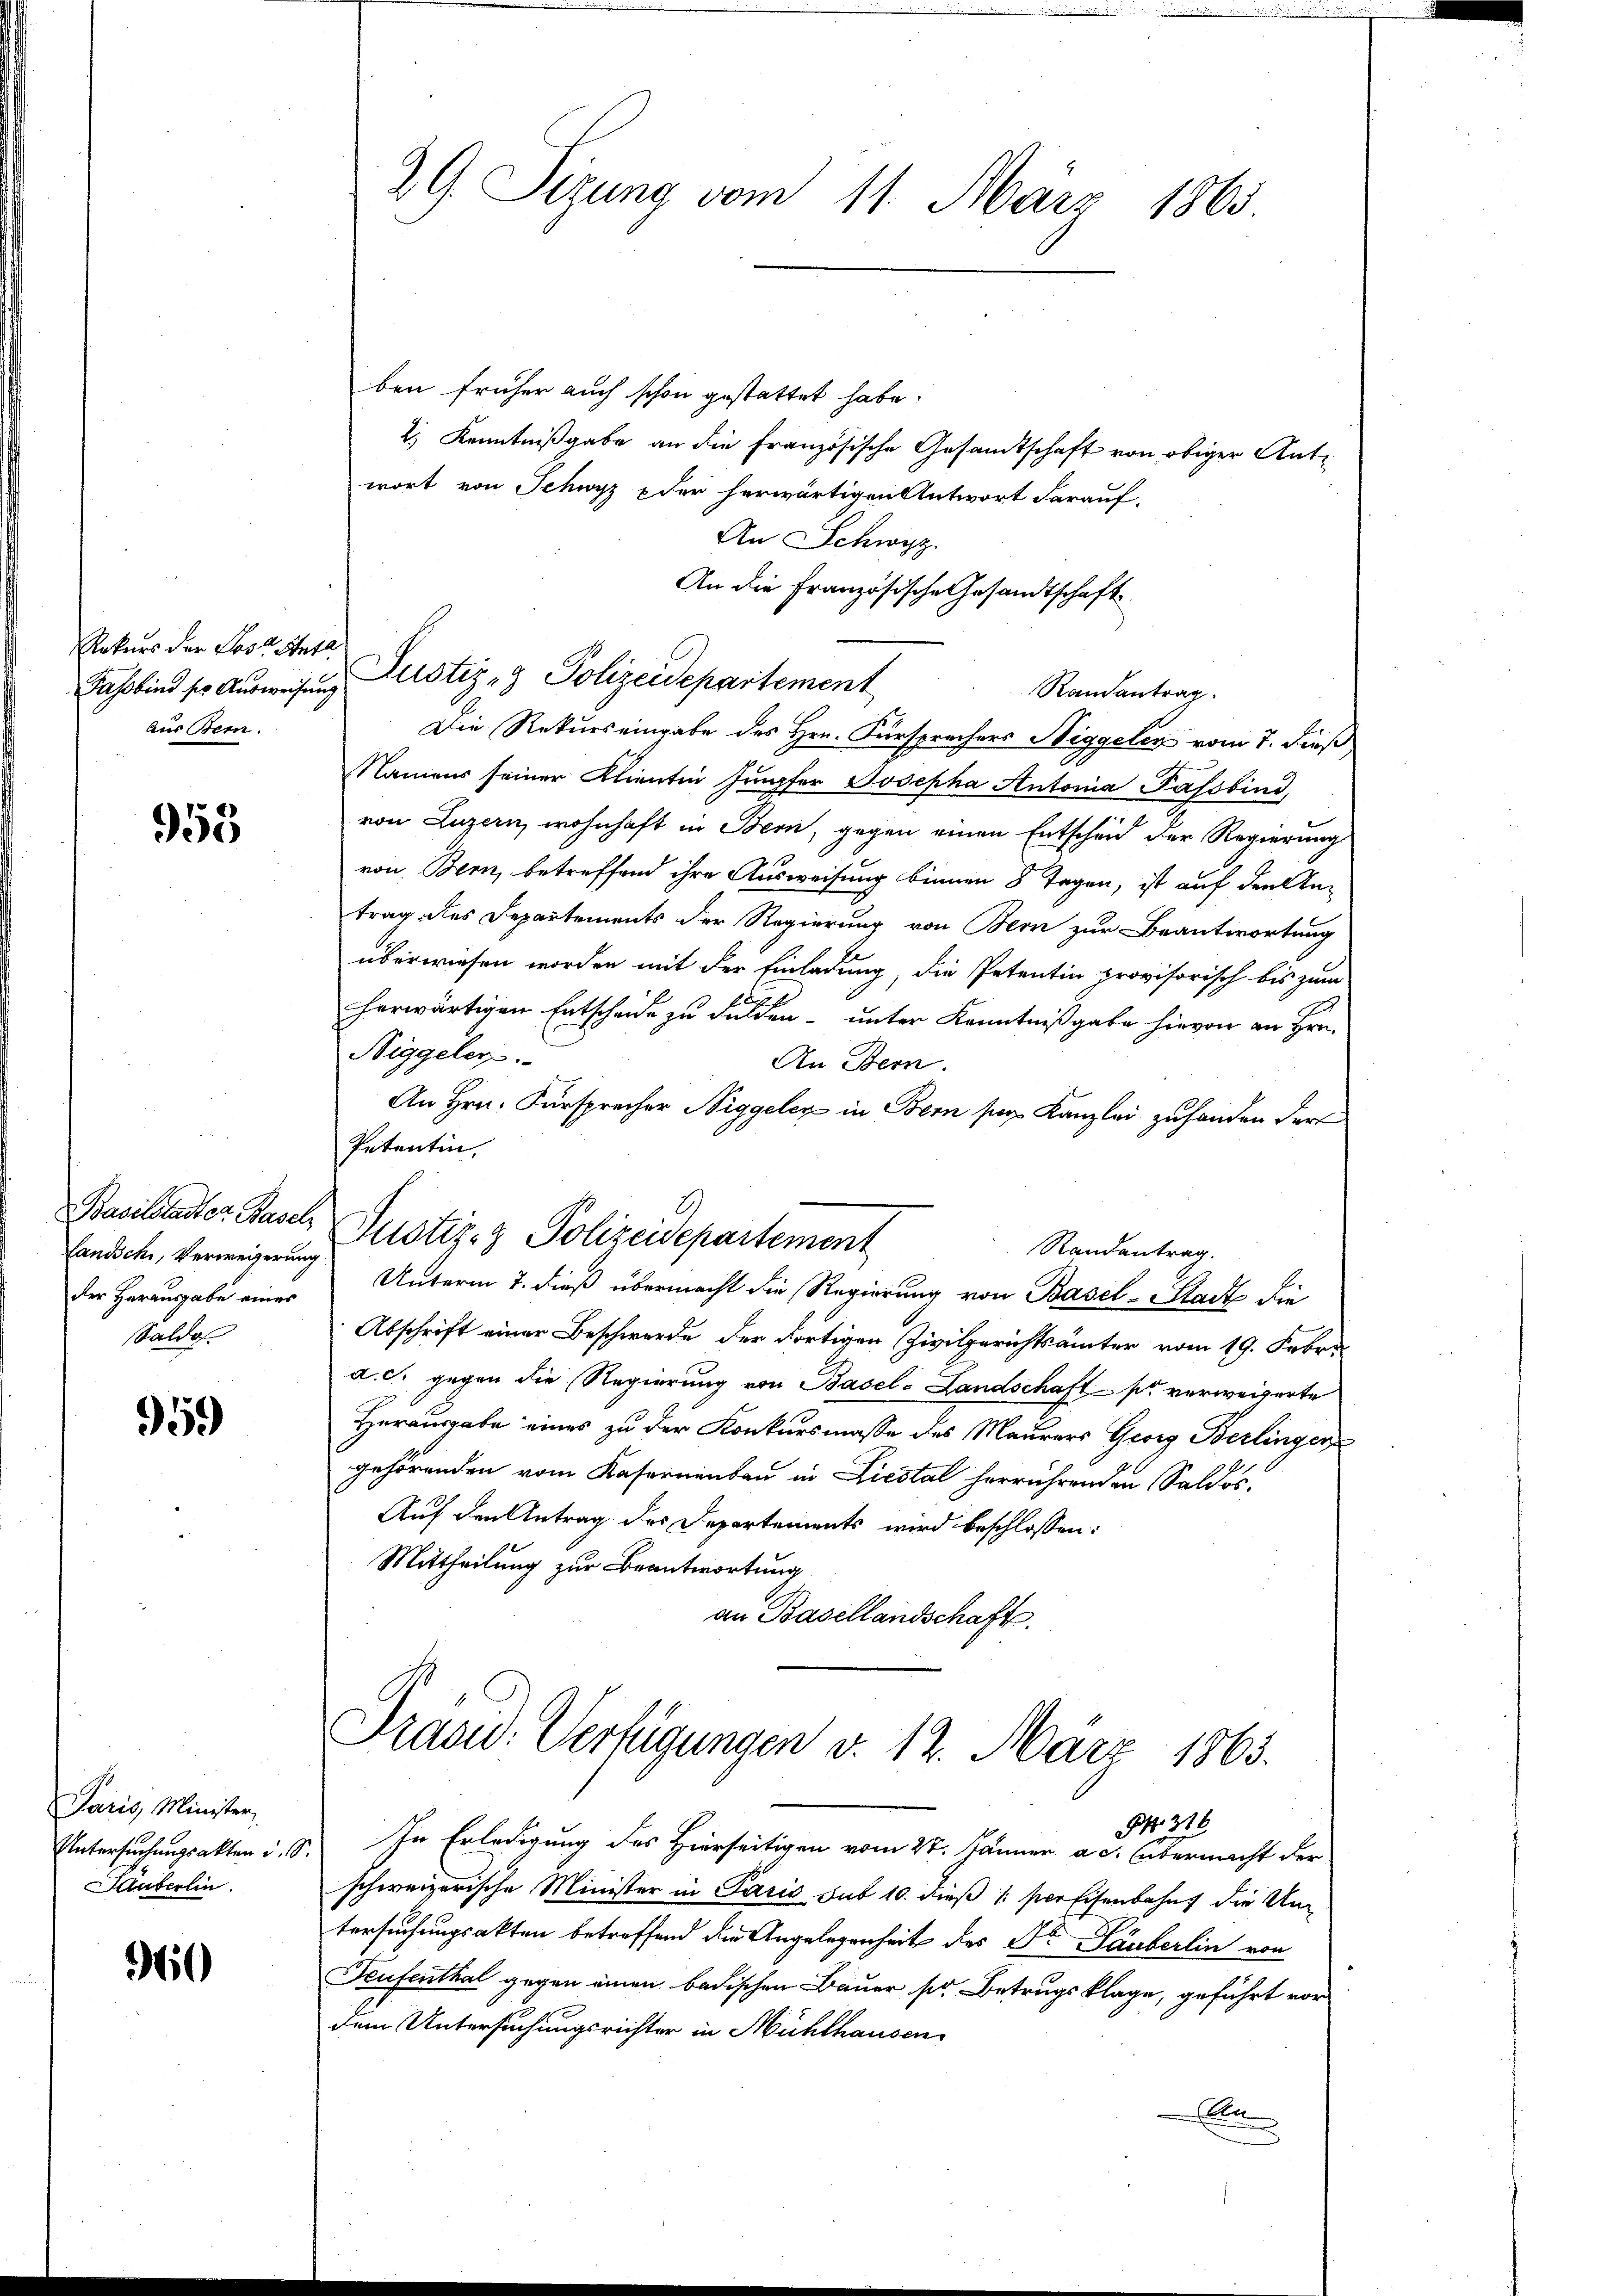
Rekurs der Post Statt
Aus Bern.

953

Landschi, Verweigerung
der Herausgabe eines
Saldo

959

Paris Minister,
Säuberlin.

90

29. Sizung vom 11. März 1865.

ben früher auch schon gestattet habe.
2.) Kenntnißgabe an die Französische Gesamtschaft von obiger Antwort von Schwyz u der herwärtigen Antwort darauf,
An Schwyz.
An die Französische Gesandtschaft
Randantrag.
Die Rekurs eingabe des Hrn. Fürsprechers Wiggeler vom 7. dieß,
Namens seiner Klientin Jungfer Josepha Autoria Passbind,
von Luzern, wohnhaft in Bern, gegen einen Entscheid der Regierung
von Bern, betreffend ihre Ausweisung binnen 8 Tagen, ist auf den Antrag des Departements der Regierung von Bern zur Beantwortung
überwiesen worden mit der Einladung, die Petentin provisorisch bis zum
herwärtigen Entscheide zu Fulden unter Kenntnißgabe hievon an Hrn.
Biggeler.
An Bern.
An Hrn. Fürsprecher Niggeleg in Bern ser Kanzlei zu handen darf
Petentin,
Basilataster Pasch Justiz- & Polizeidepartement
Randantrag.
Unterm 7. dieß übermacht die Regierung von Basel-Stadt die
Abschrift einer Beschwerde der dortigen Zivilgerichtsämter vom 19. Febr.
a. c. gegen die Regierung von Basel-Landschaft pr verweigerte
Herausgabe eines zu der Konkursmasse des Maurers Georg Berlinger
gehörenden vom Kasernenbau in Liestal herrührenden Saldos,
Auf den Antrag des Departements wird beschlossen:
Mittheilung zur Beantwortung
an Basellandschaft.
Prasid. Verfügungen v. 12. März 1863.

Fahbind so Aŭsweisung Justiz- & Polizeidepartement

Untersuchungsakter v. 9. In Erledigung des Hierseitigen vom 27. Jänner a. c. Übermacht der
schweizerische Minister in Paris sub 10. dieß (: per Eisenbahnt die Untersuchungsakten betreffend die Angelegenheit des Dr Säuberlin von
Teufenthal gegen einen badischen Bauer ser Betrugsklage, geführt vor
dem Untersuchungsrichter in Mühlhausen
A

Nr. 316.